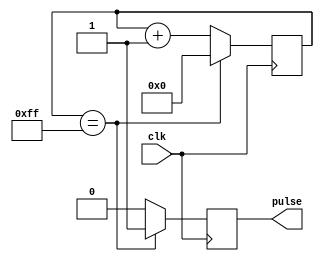
module AsynchronousPulseGenerator (
    input wire clk,   // clock signal
    output reg pulse  // asynchronous pulse output
);

reg [7:0] counter = 8'h00; // counter for pulse generation interval

always @ (posedge clk) begin
    if (counter == 8'hFF) begin
        pulse <= 1'b1; // generate pulse
        counter <= 8'h00; // reset counter
    end else begin
        pulse <= 1'b0; // no pulse
        counter <= counter + 1; // increment counter
    end
end

endmodule